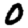
Digit: 0